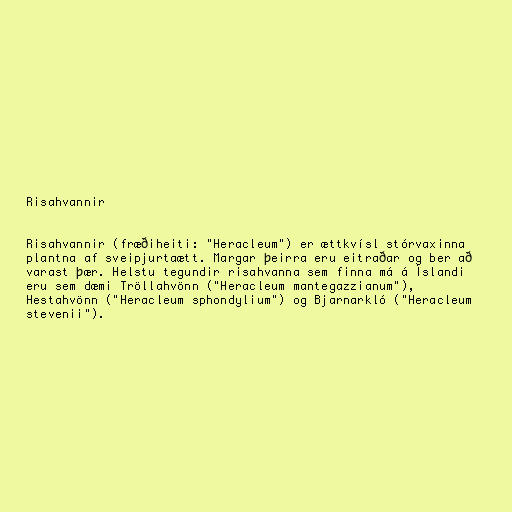
Risahvannir

Risahvannir (fræðiheiti: "Heracleum") er ættkvísl stórvaxinna
plantna af sveipjurtaætt. Margar þeirra eru eitraðar og ber að
varast þær. Helstu tegundir risahvanna sem finna má á Íslandi
eru sem dæmi Tröllahvönn ("Heracleum mantegazzianum"),
Hestahvönn ("Heracleum sphondylium") og Bjarnarkló ("Heracleum
stevenii").